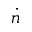
\dot { n }